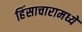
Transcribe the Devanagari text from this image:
हिंसाचारामध्ये